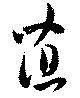
菹